Vaccination in Bombay 1913-1923 - 1913-1923
Year: 1913
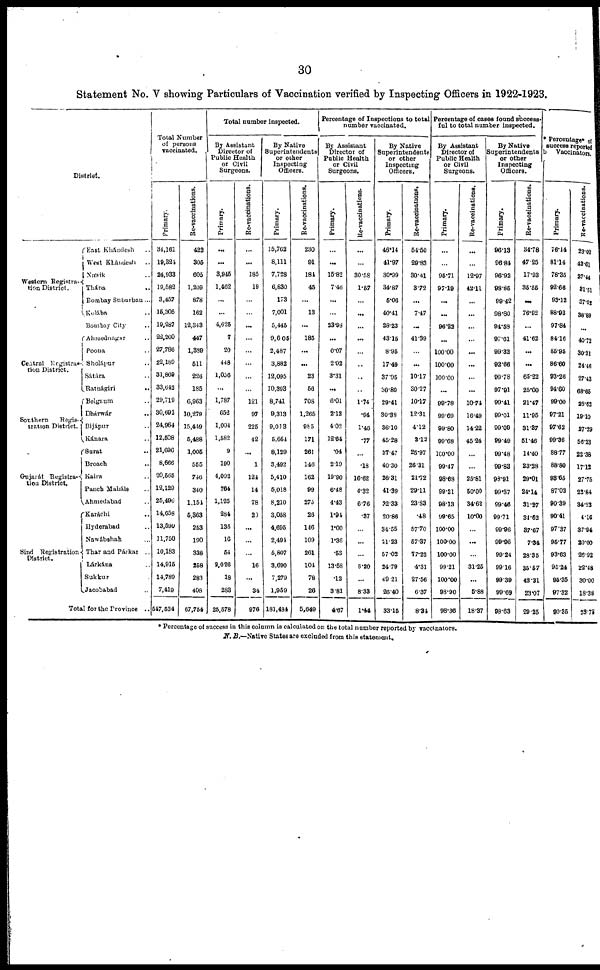
30
Statement No. V showing Particulars of Vaccination verified by Inspecting Officers in 1922-1923.
District.
Western Registra¬
tion District.
East Khándesh ..
West Khándesh ..
Násik ..
Thána
..
Bombay Suburban...
Kulába ..
Bombay City ..
Central Registra¬
tion District.
Southern Regis¬
tration District.
Gujarát Registra¬
tion District.
Sind Registration
District.
Ahmednagar ..
Poona ..
Sholápur ..
Sátára ..
Ratnágiri ..
Belgaum ..
Dhárwár ..
Bijápur ..
Kánara ..
Surat ..
Broach ..
Kaira ...
Punch Maháls ..
Ahmedabad ..
Karáchi ..
Hyderabad ..
Nawábshah ...
Thar and Párkar ..
Lárkána ..
Sukkur ..
Jacobabad ..
Total for the Province ..
Total Number
of persons
vaccinated.
Primary.
34,161
19,324
24,933
19,582
3,457
15,305
19,287
22,260
27,786
22,189
31,869
33,642
29,719
30,692
24,964
12,508
21,696
8,666
20,565
12,129
25,496
14,658
13,590
11,750
10,183
14,915
14,789
7,419
547,534
Re-vaccinations.
422
305
605
1,209
878
162
12,343
447
1,389
511
226
185
6,963
10,279
15,449
5,488
1,005
555
746
340
1,154
5,363
253
190
338
258
283
408
67,754
Total number inspected.
By Assistant
Director of
Public Health
or Civil
Surgeons.
Primary.
...
...
3,945
1,462
...
...
4,625
7
20
448
1,056
...
1,787
652
1,004
1,582
9
190
4,092
764
1,125
284
136
16
54
2,026
18
283
25,578
Re-vaccinations.
...
...
185
19
...
...
...
...
...
...
...
...
121
97
225
42
...
1
124
14
78
20
...
...
...
16
...
34
976
By Native
Superintendents
or other
Inspecting
Officers.
Primary.
15,762
8,111
7,728
6,830
173
7,001
5,445
9,605
2,487
3,882
12,095
10,393
8,741
9,313
9,013
5,664
8,129
3,492
5,410
5,018
8,210
3,058
4,695
2,494
5,807
3,690
7,279
1,959
181,484
Re-vaccinations.
230
91
184
45
...
13
...
185
...
...
23
56
708
1,265
985
171
261
146
162
99
275
26
146
109
261
104
78
26
5,649
Percentage of Inspections to total
number vaccinated.
By Assistant
Director of
Public Health
or Civil
Surgeons.
Primary.
...
...
15.82
7.46
...
...
23.98
...
0.07
2.02
3.31
...
6.01
2.12
4.02
12.64
.04
2.19
19.90
6.48
4.43
1.94
1.00
1.36
.53
13.58
.12
3.81
4.67
Re-vaccinations.
...
...
30.58
1.57
...
...
...
...
...
...
...
...
1.74
.94
1.46
.77
...
.18
16.62
4.32
6.76
.37
...
...
...
6.20
...
8.33
1.44
By Native
Superintendents
or other
Inspecting
Officers.
Primary.
46.14
41.97
30.99
34.87
5.06
40.41
28.23
43.15
8.95
17.49
37.95
30.89
29.41
30.38
36.10
45.28
37.47
40.30
26.31
41.39
32.33
20.86
34.55
21.23
57.02
24.79
49.21
26.40
33.15
Re-vaccinations.
51.50
29.83
30.41
3.72
...
7.47
...
41.39
...
...
10.17
30.27
10.17
12.31
4.12
3.12
25.97
26.31
21.72
29.11
23.83
.48
57.70
57.37
77.22
4.31
27.56
6.37
8.34
Percentage of cases found success-
ful to total number inspected.
By Assistant
Director of
Public Health
or Civil
Surgeons.
Primary.
...
...
95.71
97.19
...
...
96.22
...
100.00
100.00
100.00
...
99.78
99.69
99.80
99.68
100.00
99.47
98.68
99.21
98.13
99.65
100.00
100.00
100.00
99.21
100.00
98.90
98.36
Re-vaccinations.
...
...
12.97
42.11
...
...
...
...
...
...
...
...
10.74
16.49
14.22
45.24
...
...
25.81
50.00
34.62
10.00
...
...
...
31.25
...
5.88
18.37
By Native
Superintendents
or other
Inspecting
Officers.
Primary.
96.13
96.84
96.92
98.85
99.42
98.80
94.58
97.61
99.32
92.66
99.78
97.91
99.41
99.01
99.09
99.49
99.48
99.83
98.91
99.37
99.46
99.71
99.96
99.96
99.24
99.16
99.39
99.69
98.63
Re-vaccinations.
34.78
47.25
17.93
35.55
...
76.92
...
41.62
...
...
65.22
25.00
21.47
11.95
31.37
51.46
14.40
23.28
29.01
24.14
31.27
34.62
37.67
7.34
28.35
35.57
42.31
23.07
29.25
* Percentage* of
success reported
by Vaccinators.
Primary.
76.14
81.14
78.35
92.66
93.12
88.93
97.84
84.16
85.95
86.60
93.26
94.60
99.00
97.21
97.62
99.36
88.77
88.80
93.65
87.02
90.39
90.41
97.37
95.77
93.63
95.24
95.35
97.32
90.35
Re-vaccinations.
23.02
43.61
27.44
31.51
37.02
38.89
...
40.72
30.31
24.46
27.43
68.65
28.62
19.10
27.29
56.23
22.38
17.12
27.75
22.84
34.23
4.16
37.94
20.00
26.92
22.48
30.00
18.38
23.78
* Percentage of success in this column is calculated on the total number reported by vaccinators.
N. B.—Native States are excluded from this statement.